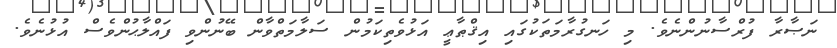
ނަޞާރާ ފުރްސާނުންނެވެ. މި ހަނގުރާމަތަކުގައި އިޤްޠާޢީ އަޅުވެތިކަމުން ސަލާމަތްވާން ބޭނުންވި ފައްލާޙުންވެސް އުޅުނެވެ.